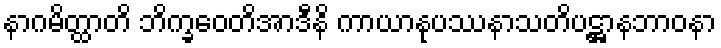
နာဂမိတ္ထာတိ ဘိက္ခဝေတိအာဒီနိ ကာယာနုပဿနာသတိပဋ္ဌာနဘာဝနာ